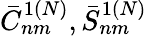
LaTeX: \bar{C}_{nm}^{1(N)},\bar{S}_{nm}^{1(N)}